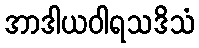
အာဒါယဝါရသဒိသံ